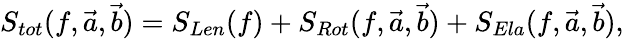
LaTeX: S_{tot}(f,\vec{a},\vec{b})=S_{Len}(f)+S_{Rot}(f,\vec{a},\vec{b})+S_{Ela}(f,\vec{a},\vec{b}),